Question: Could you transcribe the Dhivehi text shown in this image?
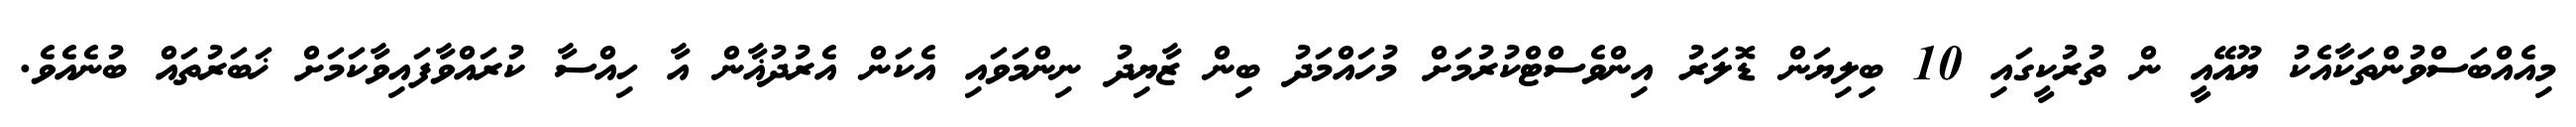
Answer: މިއެއްބަސްވުންތަކާއެކު ޔޫއޭއީ ން ތުރުކީގައި 10 ބިލިޔަން ޑޮލަރު އިންވެސްޓްކުރުމަށް މުހައްމަދު ބިން ޒާޔިދު ނިންމަވައި އެކަން އެރުދުޣާން އާ ހިއްސާ ކުރައްވާފައިވާކަމަށް ޚަބަރުތައް ބުނެއެވެ.